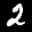
Label: 2